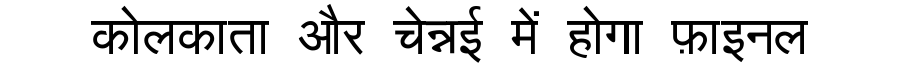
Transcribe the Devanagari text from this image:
कोलकाता और चेन्नई में होगा फ़ाइनल